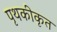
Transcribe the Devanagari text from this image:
पृथकीकृत